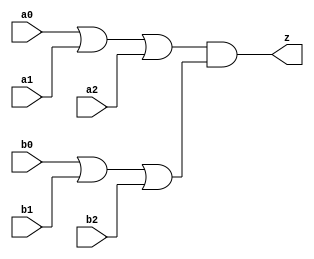
//#############################################################################
//# Function: Or-And (oa33) Gate                                              #
//# Copyright: Lambda Project Authors. All rights Reserved.                   #
//# License:  MIT (see LICENSE file in Lambda repository)                     #
//#############################################################################

module la_oa33 #(
    parameter PROP = "DEFAULT"
) (
    input  a0,
    input  a1,
    input  a2,
    input  b0,
    input  b1,
    input  b2,
    output z
);

    assign z = (a0 | a1 | a2) & (b0 | b1 | b2);

endmodule